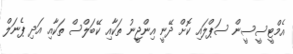
އެމްޓީސީސީން ސަޕްލައި ކޮށް ދޭނީ އިންޖީނު ތަކާއި ކޭބަލްސް ތަކާއި އަދި ޕެނަލް